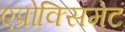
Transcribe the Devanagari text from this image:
एप्रोक्सिमेट